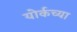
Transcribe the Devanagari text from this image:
योर्कच्या